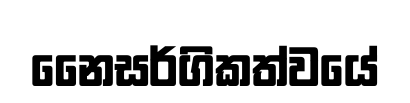
නෛසර්ගිකත්වයේ